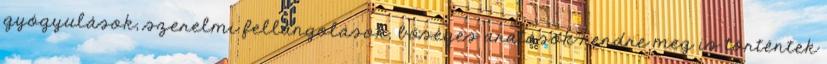
gyógyulások, szerelmi fellángolások, bőséges aratások rendre meg is történtek